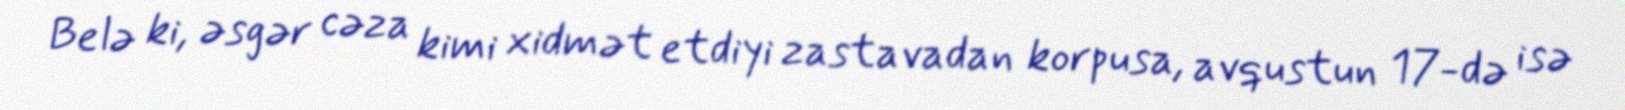
Belə ki, əsgər cəza kimi xidmət etdiyi zastavadan korpusa, avqustun 17-də isə